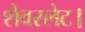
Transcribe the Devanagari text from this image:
शेवरलेट।